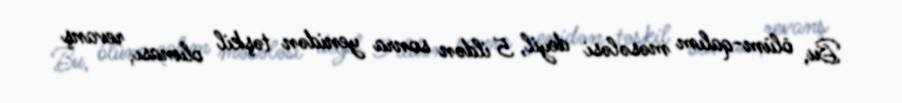
Bu, ölüm-qalım məsələsi deyil, 5 ildən sonra yenidən təşkil olunası, revanş